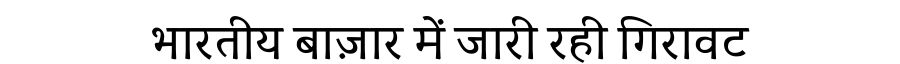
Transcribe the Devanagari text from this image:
भारतीय बाज़ार में जारी रही गिरावट